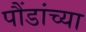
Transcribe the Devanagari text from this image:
पौंडांच्या